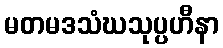
မတမဒသံဃသုပ္ပဟီနာ